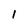
Character: 1